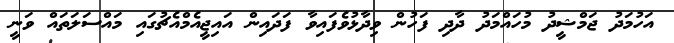
އަހުމަދު ޖަމްޝީދު މުހައްމަދު ދާދި ފަހުން ވިދާޅުވެފައިވާ ފަދައިން އައިޖީއެމްއެޗުގައި މައްސަލަތައް ވަނީ